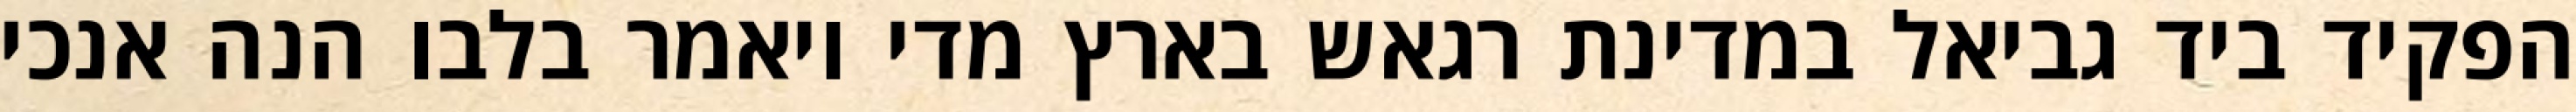
הפקיד ביד גביאל במדינת רגאש בארץ מדי ויאמר בלבו הנה אנכי